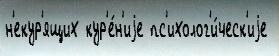
н'екур'ящих кур'е́н'иjе пс'ихолог'и́ческ'иjе